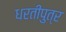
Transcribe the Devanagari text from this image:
धरतीपुत्र